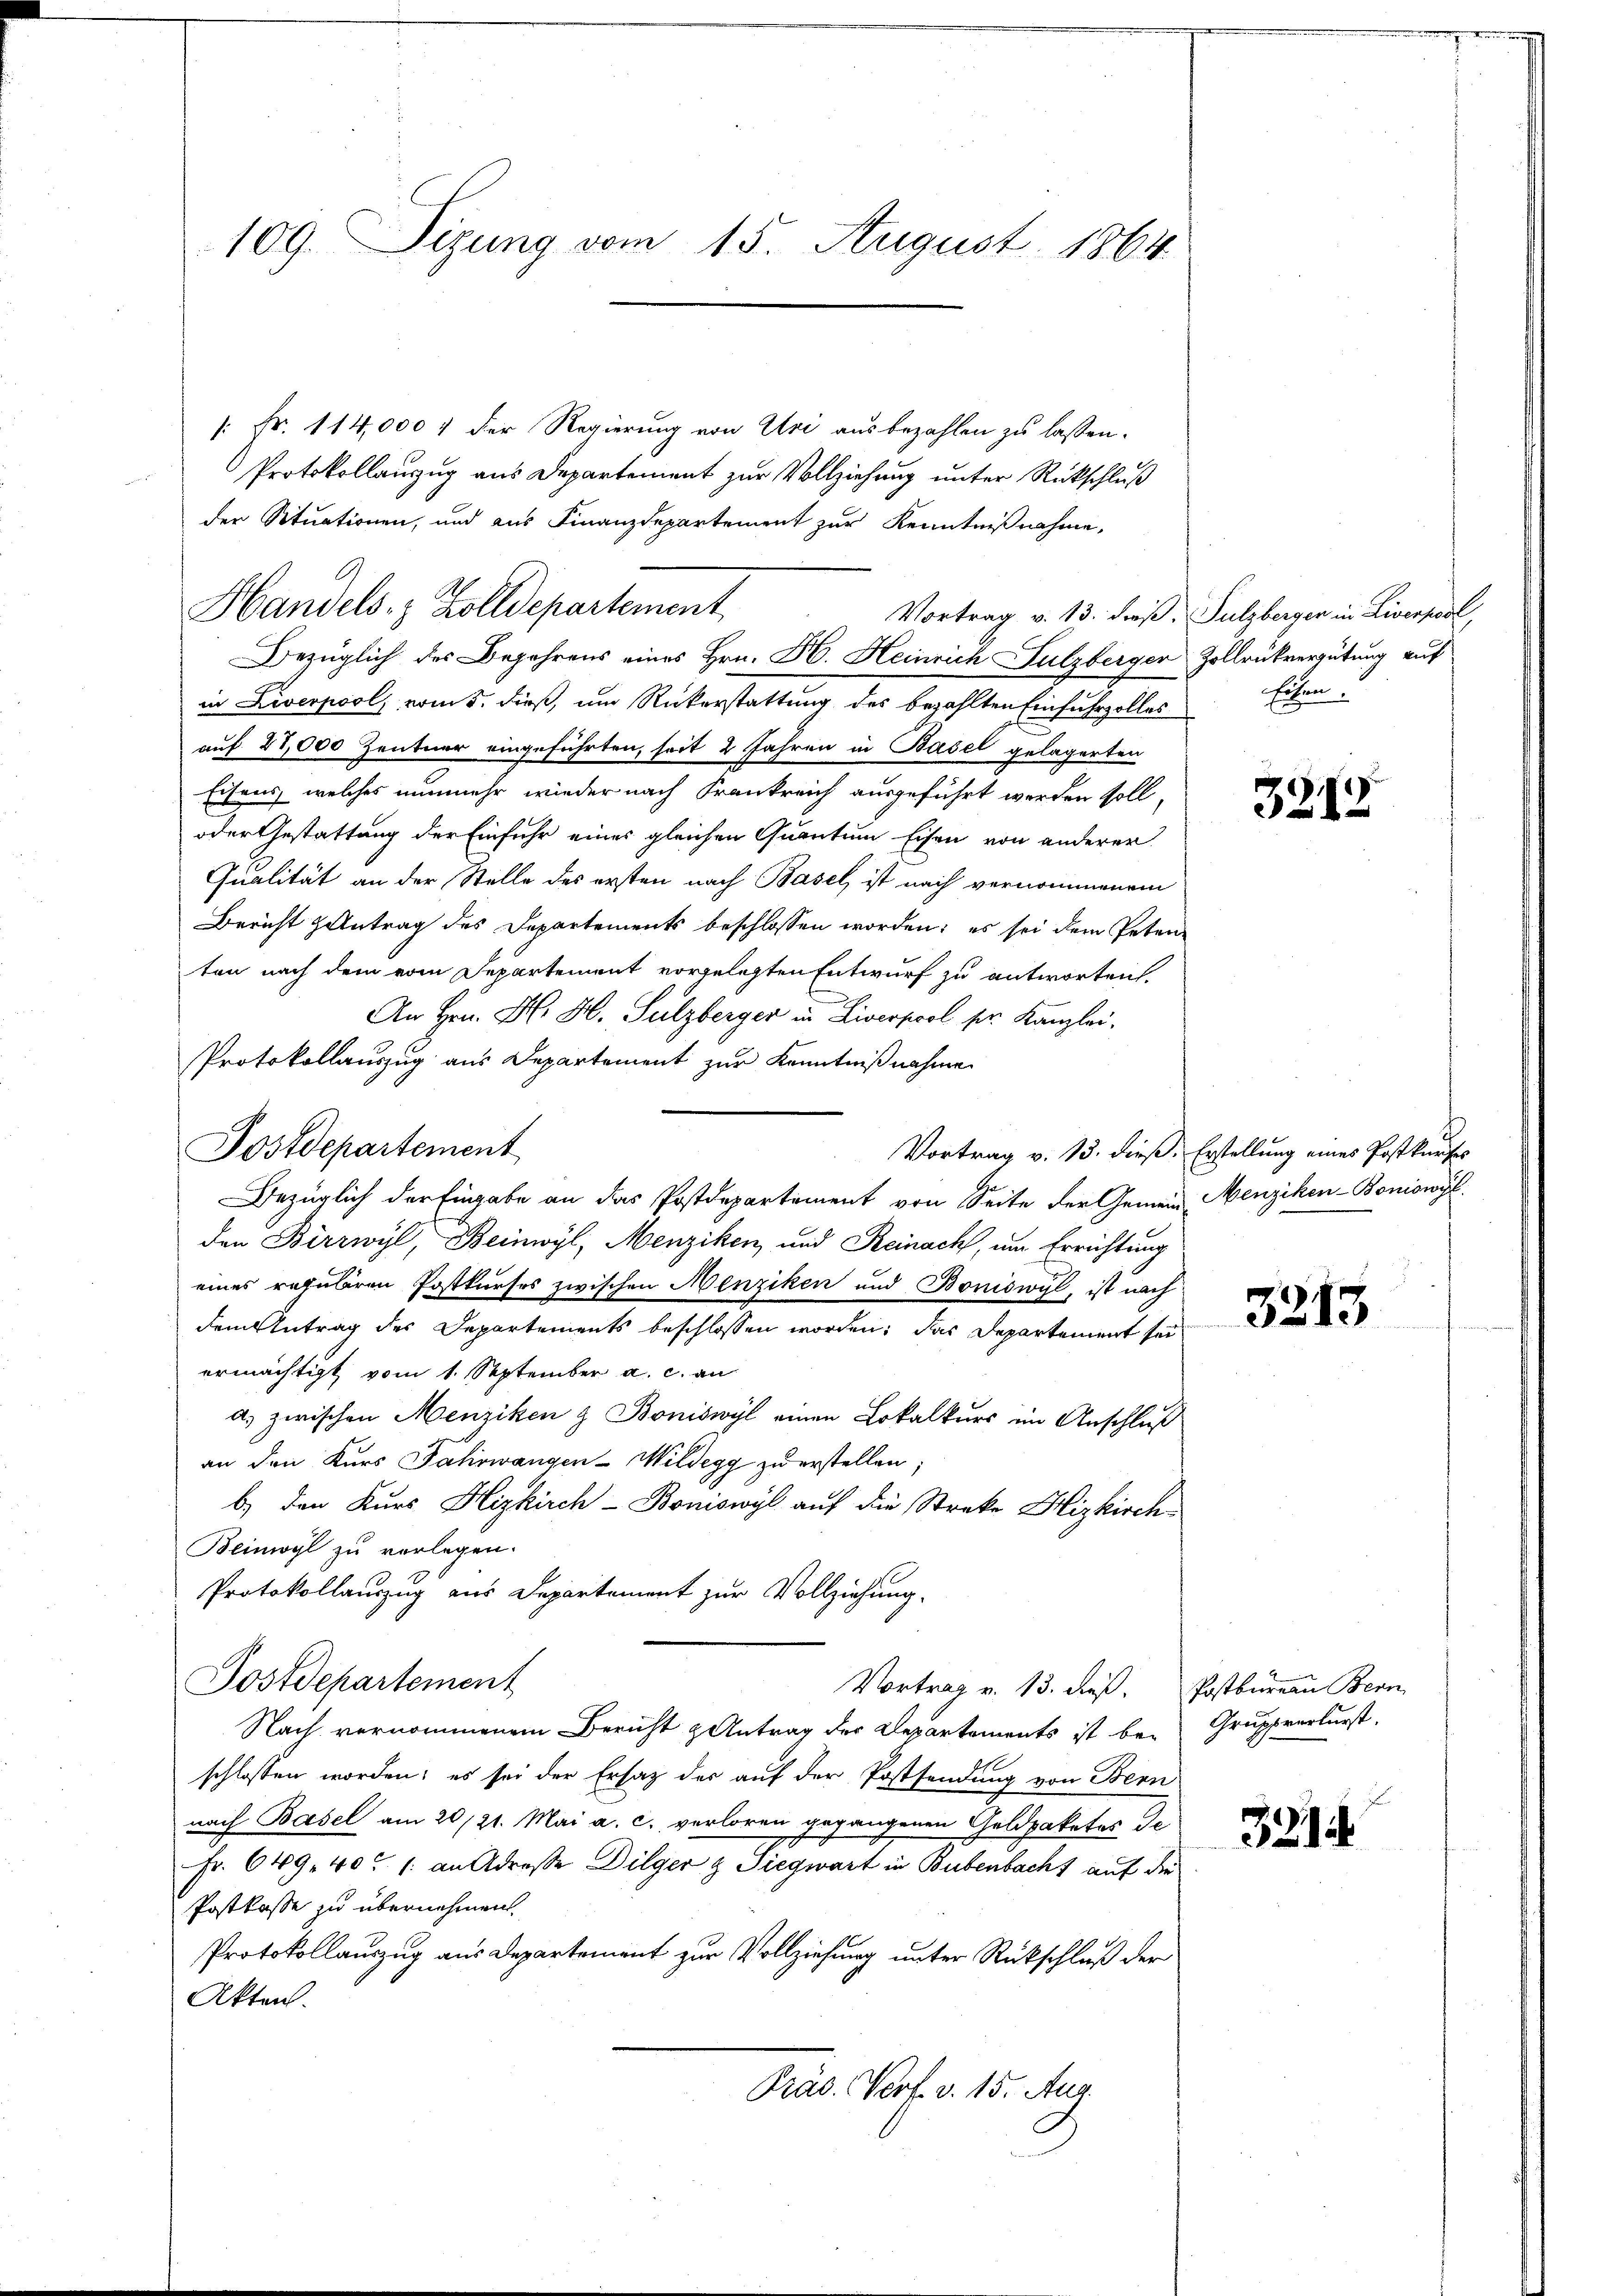
109. Sizung vom 15. August 1864

[: Fr. 114,000 f der Regierung von Uri ausbezahlen zu lassen.
Protokollauszug aus Departement zur Vollziehung unter Rückschluß
manchen der
der Situationen, und aus Finanzdepartement zur Kenntnißnahme,
Vortrag v. 13. dieß. Sulzberger in Liverpool,
in Liverpool, vom 5. dieß, um Rückerstattung des bezahlten Einfuhrzolles
auf 28,000 Zentner eingeführten, seit 2 Jahren in Basel gelagerten
Eisens, welches nunmehr wieder nach Frankreich ausgeführt werden soll,
oder Gestattung der Einfuhr eines gleichen Quantum Eisen von anderer
Qualität an der Stelle des ersten nach Basel, ist nach vernommenem
Bericht antrag des Departements beschlossen worden; es sei dem Petenten nach dem vom Separtement vorgelegten Entwurf zu antworten.
An Hrn. H. H. Sulzberger in Liverpool ser Kanzlei.
Protokollauszug aus Departement zur Kenntnißnahme
Vortrag v. 13. dieß. Erstellung eines Postkurses
Bezüglich der Eingabe an das Postdepartement von Seite der Gemein Menziken-Boniswyl
den Birrwyl, Beinwyl, Menziken, und Reinach, um Errichtung
eines reguliren Postkurses zwischen Menziken und Boniswyl, ist nach
dem Antrag des Departements beschlossen worden; das Departement sei
ermächtigt vom 1. September a. c. an
a.) zwischen Menziken & Boniswyl einen Lokalkurs im Anschluß
an den Kurs Fahrwangen-Wildegg zu erstellen;
b) den Kurs Hizkirch- Boniswyl auf die Streke Hizkirch
Beinwyl zu verlegen.
Protokollauszug aus Departement zur Vollziehung.
Postdepartement
Vortrag v. 13. dieß. Postbureau Bern
Nach vernommenem Bericht & Antrag der Departements ist bei Gruppverlurst,
schlossen worden; es sei der Ersatz der auf der Postsendung von Bern
nach Basel am 20./21. Mai a. c. verloren gegangenen Geldpaketos de
Fr. 649. 40. 1. an Adresse Dilger & Siegwart in Bubenbacht auf die
Postkasse zu übernehmen.
Protokollauszug aus Departement zur Vollziehung unter Rückschluß der
Akten.
Präs. Verf. v. 15. Aug.

Postdepartement

Handels- & Zolldepartement

Bezüglich des Begehrens eines Hrn. H. Heinrich Sulzberger Zollrükvergütung auf

Eisen.

3215

3213

3214